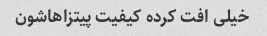
خیلی افت کرده کیفیت پیتزاهاشون